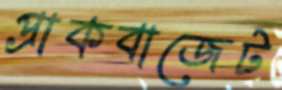
প্রাকবাজেট